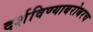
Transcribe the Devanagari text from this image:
दर्शविण्याबरोबरच